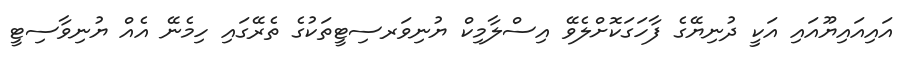
އައިއައިޔޫއައި އަކީ ދުނިޔޭގެ ފާހަގަކޮށްލެވޭ އިސްލާމިކް ޔުނިވަރސިޓީތަކުގެ ތެރޭގައި ހިމެނޭ އެއް ޔުނިވާސިޓީ